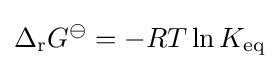
\Delta _{\mathrm {r} }G^{\ominus }=-RT\ln K_{\mathrm {eq} }